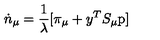
\dot { n } _ { \mu } = \frac { 1 } { \lambda } [ \pi _ { \mu } + y ^ { T } S _ { \mu } \mathrm { p } ]